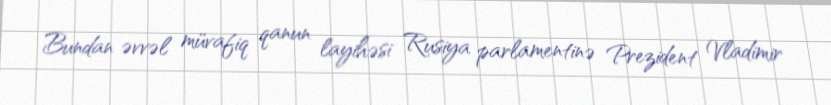
Bundan əvvəl müvafiq qanun layihəsi Rusiya parlamentinə Prezident Vladimir